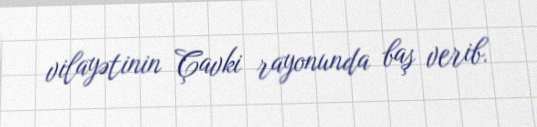
vilayətinin Çavki rayonunda baş verib.